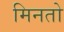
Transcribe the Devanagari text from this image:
मिनतो